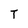
Character: T